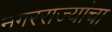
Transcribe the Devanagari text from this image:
नगरराज्यांचा